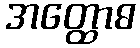
အတ္ထောဓ